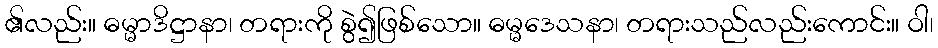
၏လည်း။ ဓမ္မာဒိဋ္ဌာနာ၊ တရားကို စွဲ၍ဖြစ်သော။ ဓမ္မဒေသနာ၊ တရားသည်လည်းကောင်း။ ဝါ၊